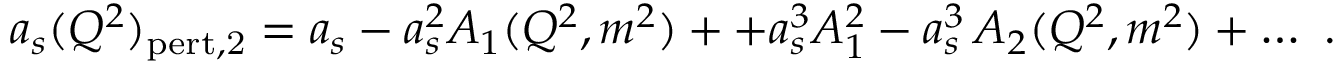
a _ { s } ( Q ^ { 2 } ) _ { \mathrm { p e r t , 2 } } = a _ { s } - a _ { s } ^ { 2 } A _ { 1 } ( Q ^ { 2 } , m ^ { 2 } ) + + a _ { s } ^ { 3 } A _ { 1 } ^ { 2 } - a _ { s } ^ { 3 } \, A _ { 2 } ( Q ^ { 2 } , m ^ { 2 } ) + \dots \, \, .